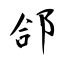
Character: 郃